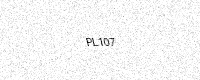
Text: PL107